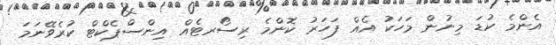
އެންމެ ކުޑަ މިނުން މަހަކު އެއް ފަހަރު ކޮންމެ ރިސޯރޓެއް އިންސްޕެކްޓް ކުރެވޭނަމަ